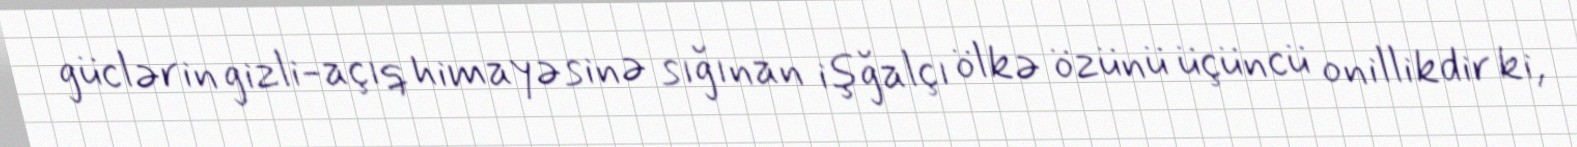
güclərin gizli-açıq himayəsinə sığınan işğalçı ölkə özünü üçüncü onillikdir ki,